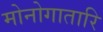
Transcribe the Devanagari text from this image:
मोनोगातारि